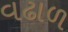
વઢાળ